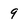
Character: 9